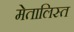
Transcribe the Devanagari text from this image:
मेतालिस्त